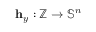
\mathbf { h } _ { y } : \mathbb { Z } \rightarrow \mathbb { S } ^ { n }